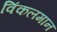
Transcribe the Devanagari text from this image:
विंकलमान